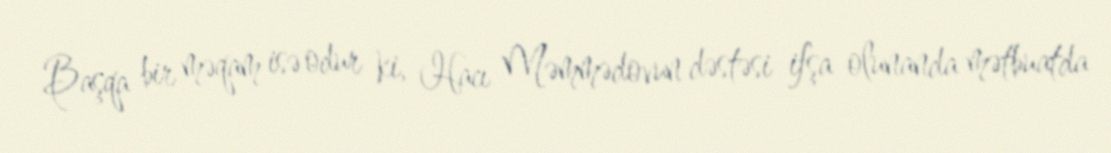
Başqa bir məqam isə odur ki, Hacı Məmmədovun dəstəsi ifşa olunanda mətbuatda